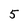
Character: 5